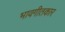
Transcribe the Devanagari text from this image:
भावगीतकार